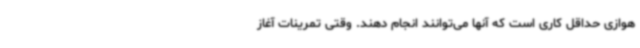
هوازی حداقل کاری است که آنها می‌توانند انجام دهند. وقتی تمرینات آغاز